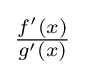
{\textstyle {\frac {f'(x)}{g'(x)}}}